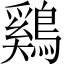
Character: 鷄